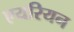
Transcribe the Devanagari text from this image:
एयरियन